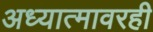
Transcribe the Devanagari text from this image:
अध्यात्मावरही